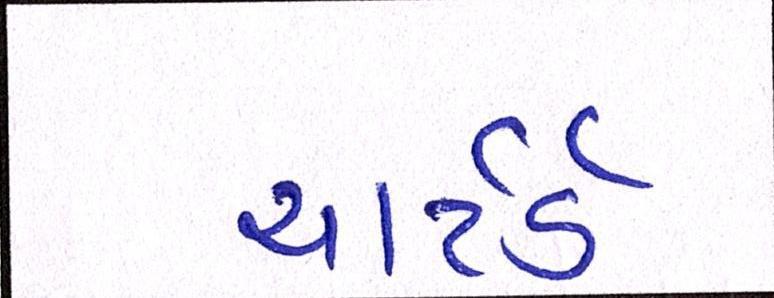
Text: ચાર્ટર્ડ